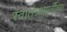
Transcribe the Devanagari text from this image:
स्वातंत्र्यापूर्वीच्या